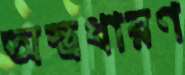
অস্ত্রধারণ